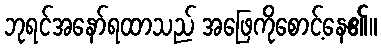
ဘုရင်အနော်ရထာသည် အဖြေကိုစောင့်နေ၏။